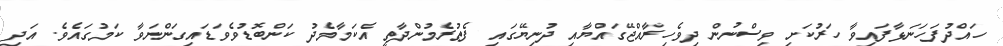
ހައްދުފަހަނަޅާފައިވާ ހަރުކަށި ވިސްނުން ދިވެހިރާއްޖޭގައްޔާއި ދުނިޔޭގައި ފެތުރެމުންދާތީ އެކަމާމެދު ކަންބޮޑުވެވަޑައިގަންނަވާ ކަމުގައެވެ. އަދި